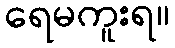
ရေမကူးရ။